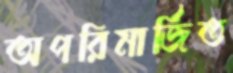
অপরিমার্জিত